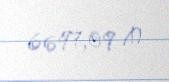
6697,09 ₼